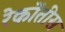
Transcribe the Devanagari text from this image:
रेकोंतीस